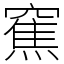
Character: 䆶